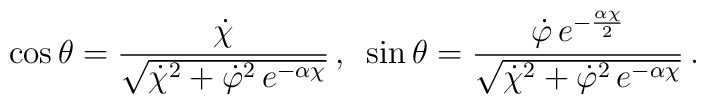
\cos\theta = \frac{ \dot{\chi}  }        {\sqrt{\dot{\chi}^2+\dot{\varphi}^2 \,  e^{-\alpha\chi}}}\, , \,\,\,\sin\theta = \frac{\dot{\varphi}\,  e^{-\frac{\alpha \chi}{2}} }        {  \sqrt{\dot{\chi}^2+\dot{\varphi}^2 \,e^{-\alpha\chi}}}\, .